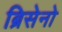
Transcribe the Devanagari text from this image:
ब्रिसेनो